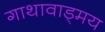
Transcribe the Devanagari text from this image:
गाथावाड्मय